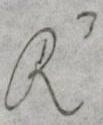
R3